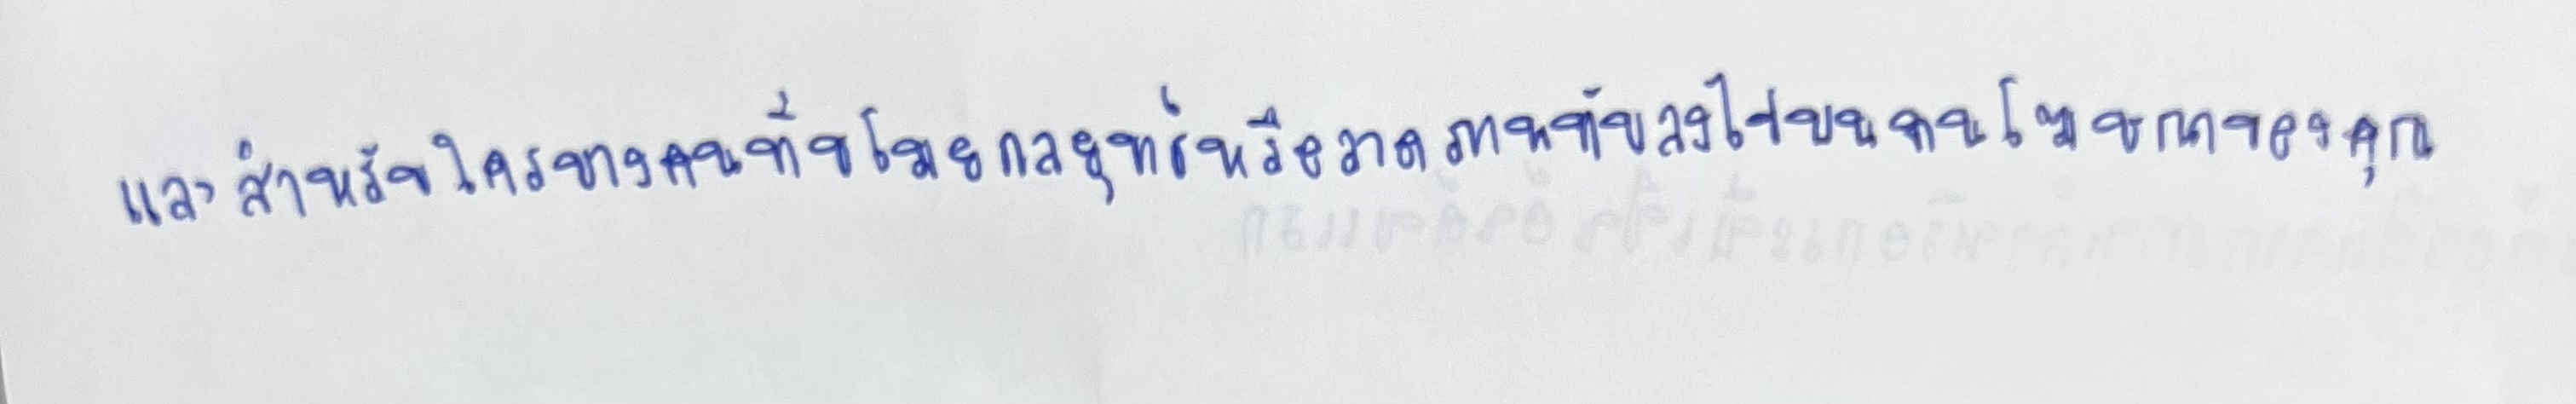
และสำหรับใครบางคนที่ขโมยกลยุทธ์หรือวาดภาพทับลงไปบนงานโฆษณาของคุณ